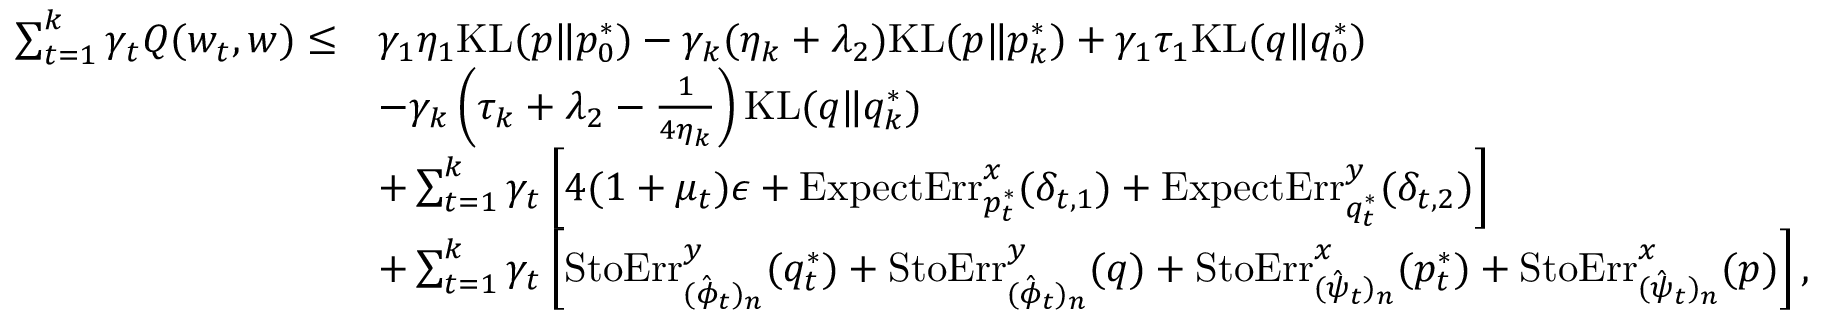
\begin{array} { r l } { \sum _ { t = 1 } ^ { k } \gamma _ { t } Q ( w _ { t } , w ) \leq } & { \gamma _ { 1 } \eta _ { 1 } \mathrm { K L } ( p \| p _ { 0 } ^ { * } ) - \gamma _ { k } ( \eta _ { k } + \lambda _ { 2 } ) \mathrm { K L } ( p \| p _ { k } ^ { * } ) + \gamma _ { 1 } \tau _ { 1 } \mathrm { K L } ( q \| q _ { 0 } ^ { * } ) } \\ & { - \gamma _ { k } \left( \tau _ { k } + \lambda _ { 2 } - \frac { 1 } { 4 \eta _ { k } } \right) \mathrm { K L } ( q \| q _ { k } ^ { * } ) } \\ & { + \sum _ { t = 1 } ^ { k } \gamma _ { t } \left[ 4 ( 1 + \mu _ { t } ) \epsilon + \mathrm { E x p e c t E r r } _ { p _ { t } ^ { * } } ^ { x } ( \delta _ { t , 1 } ) + \mathrm { E x p e c t E r r } _ { q _ { t } ^ { * } } ^ { y } ( \delta _ { t , 2 } ) \right] } \\ & { + \sum _ { t = 1 } ^ { k } \gamma _ { t } \left[ \mathrm { S t o E r r } _ { ( \hat { \phi } _ { t } ) _ { n } } ^ { y } ( q _ { t } ^ { * } ) + \mathrm { S t o E r r } _ { ( \hat { \phi } _ { t } ) _ { n } } ^ { y } ( q ) + \mathrm { S t o E r r } _ { ( \hat { \psi } _ { t } ) _ { n } } ^ { x } ( p _ { t } ^ { * } ) + \mathrm { S t o E r r } _ { ( \hat { \psi } _ { t } ) _ { n } } ^ { x } ( p ) \right] , } \end{array}